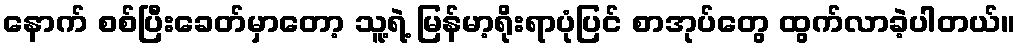
နောက် စစ်ပြီးခေတ်မှာတော့ သူ့ရဲ့ မြန်မာ့ရိုးရာပုံပြင် စာအုပ်တွေ ထွက်လာခဲ့ပါတယ်။